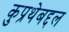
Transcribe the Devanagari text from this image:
कुप्रथेबद्दल